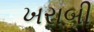
ખરાબી